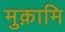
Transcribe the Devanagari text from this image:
मुक़ामि